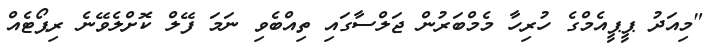
"މިއަދު ޕީޕީއެމްގެ ހުރިހާ މެމްބަރުން ޖަލްސާގައި ތިއްބެވި ނަމަ ފޭލް ކޮށްލެވޭނެ ރިޕޯޓެއް